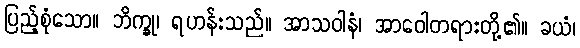
ပြည့်စုံသော။ ဘိက္ခု၊ ရဟန်းသည်။ အာသဝါနံ၊ အာဝေါတရားတို့၏။ ခယံ၊